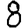
Digit: 8